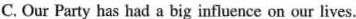
C.Our Party has had a big influence on our lives.